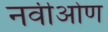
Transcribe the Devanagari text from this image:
नवीओण